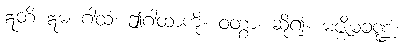
ဣတိ ဣမံ ဂါထံ၊ ဤဂါထာကို။ ဝတွာ၊ ဆို၍။ မဇ္ဈိမခဏ္ဍံ၊